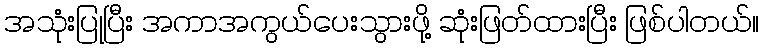
အသုံးပြုပြီး အကာအကွယ်ပေးသွားဖို့ ဆုံးဖြတ်ထားပြီး ဖြစ်ပါတယ်။